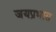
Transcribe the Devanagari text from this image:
जयप्रभास